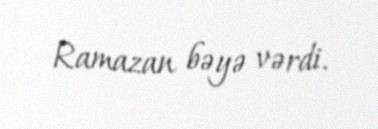
Ramazan bəyə vərdi.